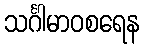
သင်္ဂါမာဝစရေန